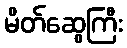
မိတ်ဆွေကြီး